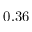
0 . 3 6